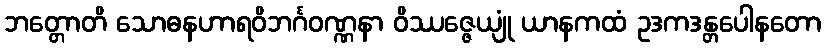
ဘတ္တောတိ သောဓနဟာရဝိဘင်္ဂဝဏ္ဏနာ ဝိဿဇ္ဇေယျုံ ယာနကထံ ဥဒကဒန္တပေါနတော